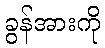
ခွန်အားကို